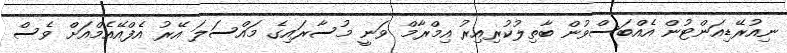
ނިއުރޭޑިއަންޓުން އެއްބަސްވުން ބާތިލުކުރިއިރު އިމްރާމް ވަނީ މުސާރައިގެ މައްސަލަ އޭރު އެފްއޭއެމްއަށް ވެސް